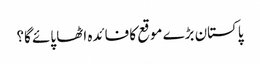
پاکستان بڑے موقع کا فائدہ اٹھا پائے گا؟